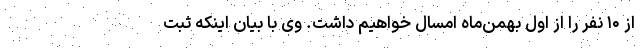
از ۱۰ نفر را از اول بهمن‌ماه امسال خواهیم داشت. وی با بیان اینکه ثبت